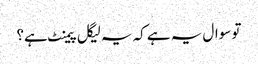
تو سوال یہ ہے کہ یہ لیگل پیمنٹ ہے؟